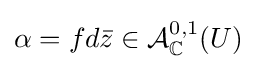
\alpha =fd{\bar {z}}\in {\mathcal {A}}_{\mathbb {C} }^{0,1}(U)